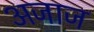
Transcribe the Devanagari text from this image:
अजाज